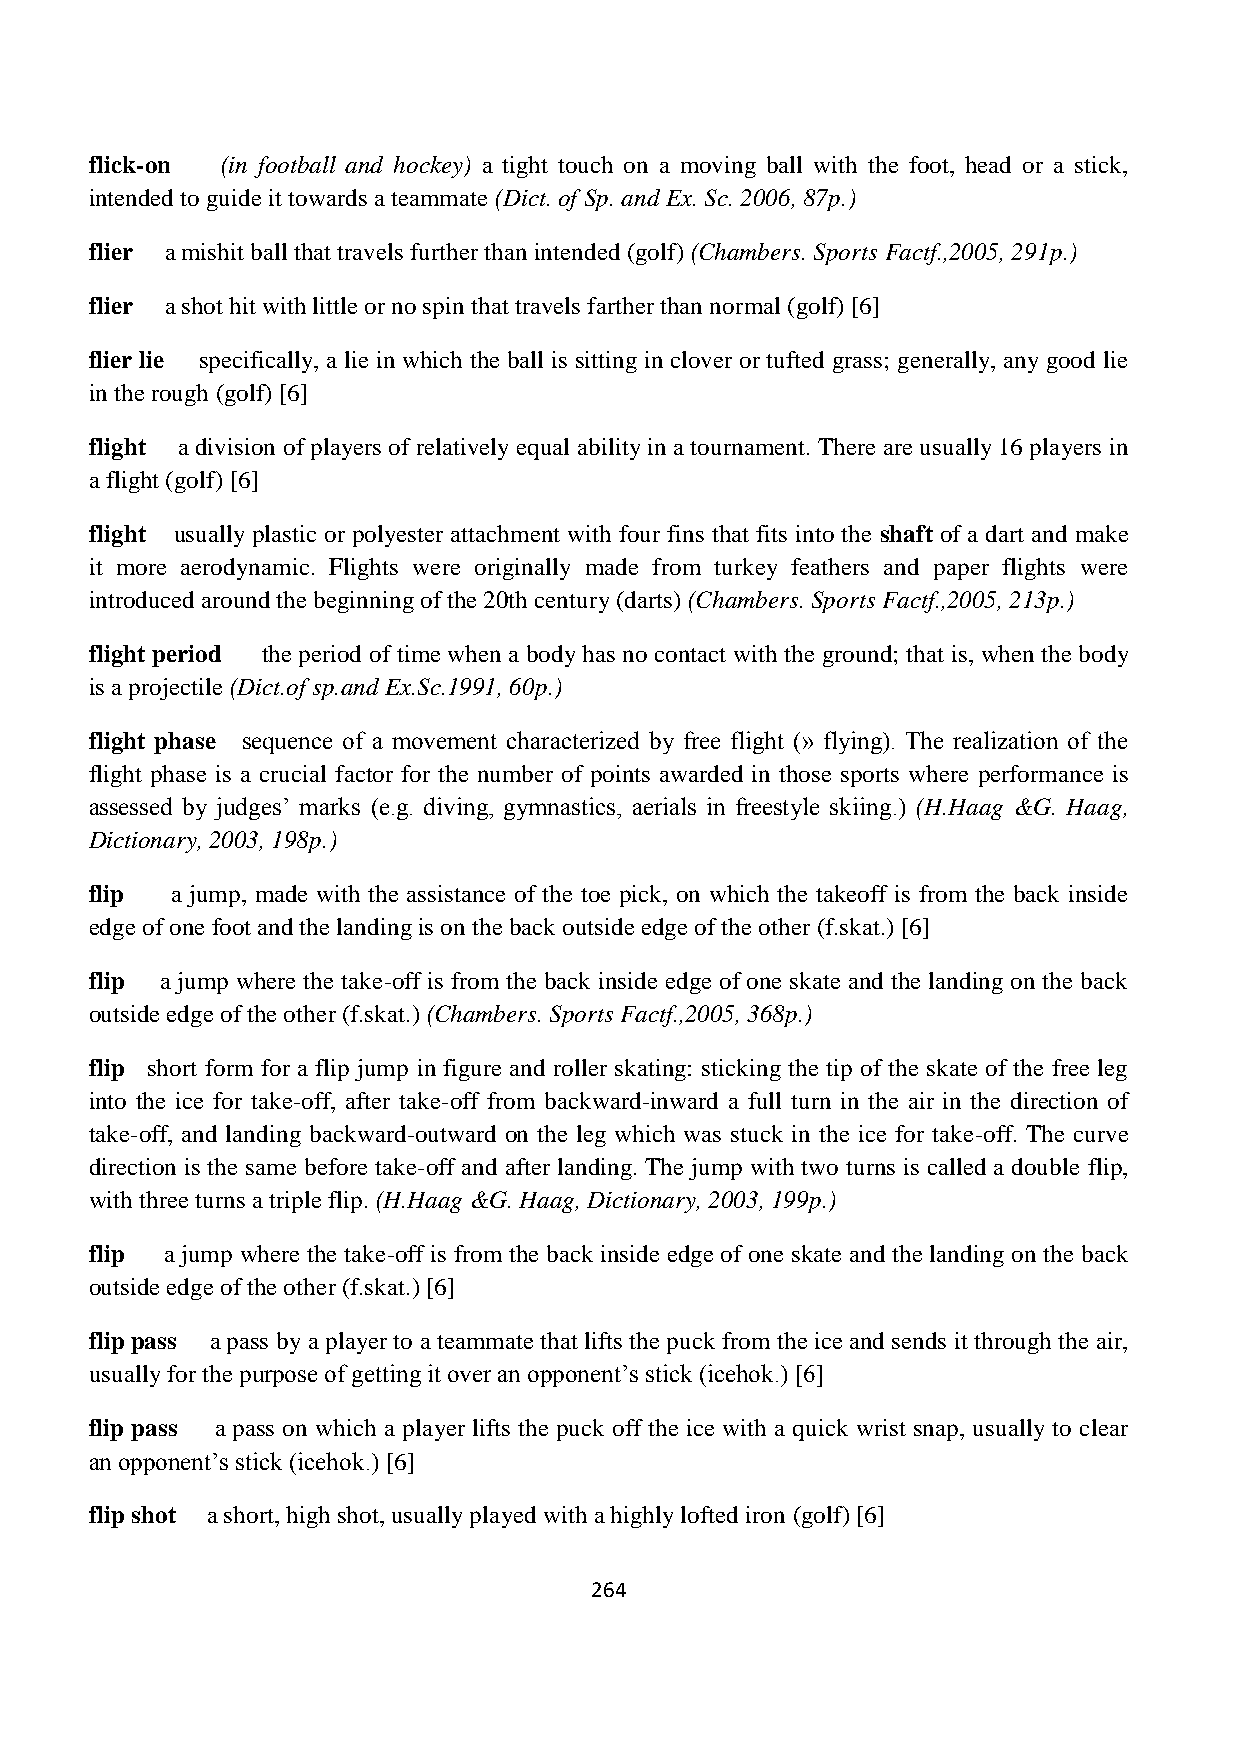
flick-on (in football and hockey) a tight touch on a moving ball with the foot, head or a stick,
 intended to guide it towards a teammate (Dict. of Sp. and Ex. Sc. 2006, 87p.)
 flier a mishit ball that travels further than intended (golf) (Chambers. Sports Factf.,2005, 291p.)
 flier a shot hit with little or no spin that travels farther than normal (golf) [6]
 flier lie specifically, a lie in which the ball is sitting in clover or tufted grass; generally, any good lie
 in the rough (golf) [6]
 flight a division of players of relatively equal ability in a tournament. There are usually 16 players in
 a flight (golf) [6]
 flight usually plastic or polyester attachment with four fins that fits into the shaft of a dart and make
 it more aerodynamic. Flights were originally made from turkey feathers and paper flights were
 introduced around the beginning of the 20th century (darts) (Chambers. Sports Factf.,2005, 213p.)
 flight period the period of time when a body has no contact with the ground; that is, when the body
 is a projectile (Dict.of sp.and Ex.Sc.1991, 60p.)
 flight phase sequence of a movement characterized by free flight (» flying). The realization of the
 flight phase is a crucial factor for the number of points awarded in those sports where performance is
 assessed by judges‟ marks (e.g. diving, gymnastics, aerials in freestyle skiing.) (H.Haag &G. Haag,
 Dictionary, 2003, 198p.)
 flip a jump, made with the assistance of the toe pick, on which the takeoff is from the back inside
 edge of one foot and the landing is on the back outside edge of the other (f.skat.) [6]
 flip a jump where the take-off is from the back inside edge of one skate and the landing on the back
 outside edge of the other (f.skat.) (Chambers. Sports Factf.,2005, 368p.)
 flip short form for a flip jump in figure and roller skating: sticking the tip of the skate of the free leg
 into the ice for take-off, after take-off from backward-inward a full turn in the air in the direction of
 take-off, and landing backward-outward on the leg which was stuck in the ice for take-off. The curve
 direction is the same before take-off and after landing. The jump with two turns is called a double flip,
 with three turns a triple flip. (H.Haag &G. Haag, Dictionary, 2003, 199p.)
 flip a jump where the take-off is from the back inside edge of one skate and the landing on the back
 outside edge of the other (f.skat.) [6]
 flip pass a pass by a player to a teammate that lifts the puck from the ice and sends it through the air,
 usually for the purpose of getting it over an opponent‟s stick (icehok.) [6]
 flip pass a pass on which a player lifts the puck off the ice with a quick wrist snap, usually to clear
 an opponent‟s stick (icehok.) [6]
 flip shot a short, high shot, usually played with a highly lofted iron (golf) [6]
 264